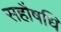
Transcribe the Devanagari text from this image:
सहौषधि